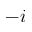
- i